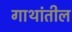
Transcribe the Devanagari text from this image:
गाथांतील